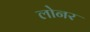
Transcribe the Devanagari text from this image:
लोनर